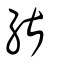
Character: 𦂼